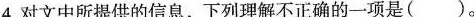
4.对文中所提供的信息，下列理解不正确的一项是()。